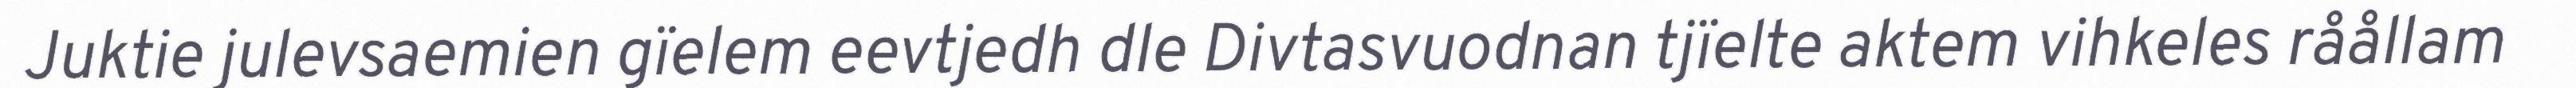
Juktie julevsaemien gïelem eevtjedh dle Divtasvuodnan tjïelte aktem vihkeles råållam